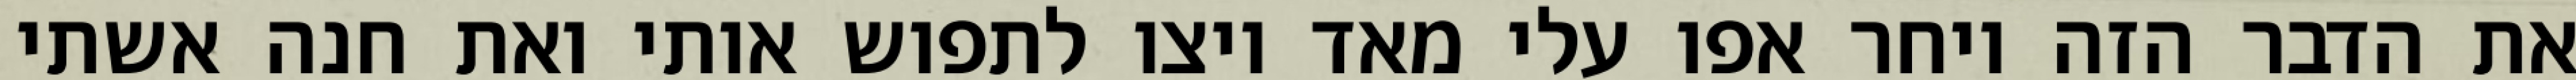
את הדבר הזה ויחר אפו עלי מאד ויצו לתפוש אותי ואת חנה אשתי